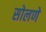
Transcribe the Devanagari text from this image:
सोलणे